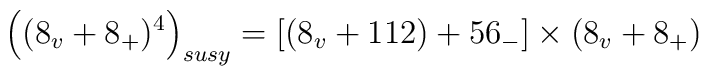
\left( (8_v+8_{+})^4\right) _{susy}=\left[ \left( 8_v+112\right)+56_{-}\right] \times (8_v+8_{+})